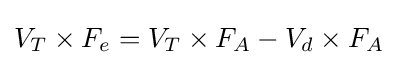
V_{T}\times F_{e}=V_{T}\times F_{A}-V_{d}\times F_{A}